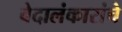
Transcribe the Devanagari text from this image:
वेदालंकारांचे